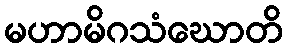
မဟာမိဂသံဃောတိ